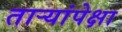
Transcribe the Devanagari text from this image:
तार्‍यांपेक्षा